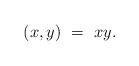
LaTeX: \begin{align*}(x,y) \ = \ x y.\end{align*}